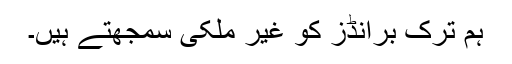
ہم ترک برانڈز کو غیر ملکی سمجھتے ہیں۔